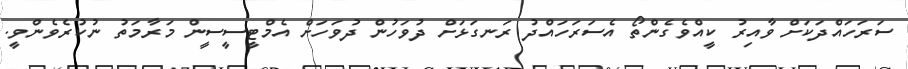
ސަރަހައްދަކަށް ވާއިރު ކީއްވެގެންތޯ އެސަރަހައްދު ރަނގަަޅަށް ދުވަހުން ދުވަހަށް އެމްޓީސީސީން މަރާމަތު ނުކުރެވެންވީ.